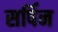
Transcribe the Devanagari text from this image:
सर्पिन